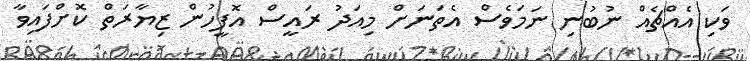
ވަކި އެއްޗެއް ނުބުނި ނަމަވެސް އެތަނަށް މިއަދު ރައީސް އޮފީހުން ޒިޔާރަތް ކޮށްފައިވާ